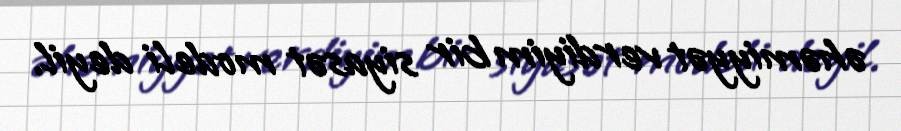
əhəmiyyət verdiyim bir siyasət modeli deyil.